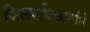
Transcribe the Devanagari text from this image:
जिल्हाधिकार्याने